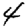
Digit: 4